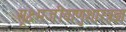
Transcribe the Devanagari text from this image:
सूक्ष्मजीवाणुशास्त्रज्ञ